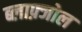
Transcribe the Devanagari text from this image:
ब्लाफ़्जोल